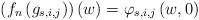
LaTeX: \begin{align*}\left(f_{n}\left(g_{s,i,j}\right)\right)\left(w\right)=\varphi_{s,i,j}\left(w,0\right)\end{align*}